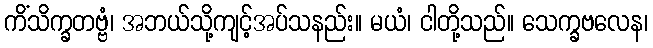
ကိံသိက္ခတဗ္ဗံ၊ အဘယ်သို့ကျင့်အပ်သနည်း။ မယံ၊ ငါတို့သည်။ သေက္ခဗလေန၊